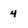
Character: 4